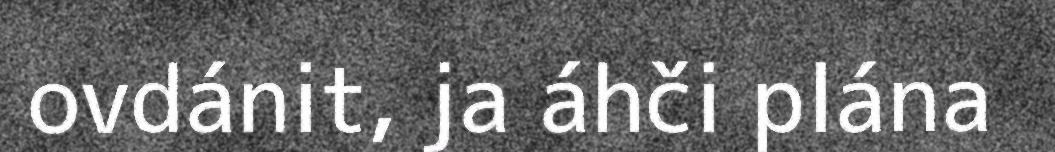
ovdánit, ja áhči plána